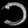
Digit: ၁